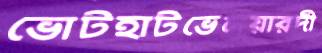
ভোটহাটভেলুয়ারদী